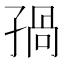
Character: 𡥾